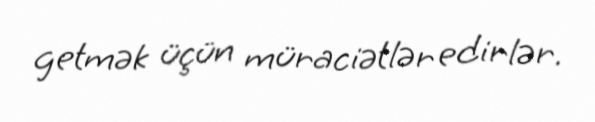
getmək üçün müraciətlər edirlər.